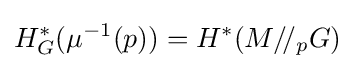
H_{G}^{*}(\mu ^{-1}(p))=H^{*}(M/\!/_{p}G)